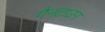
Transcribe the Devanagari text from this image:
गैनटाउन